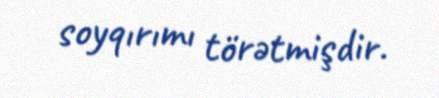
soyqırımı törətmişdir.